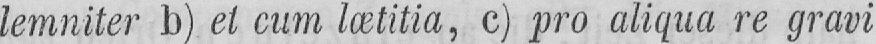
lemniter b) et cum lætitia, c) pro aliqua re gravi